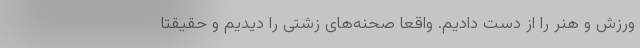
ورزش و هنر را از دست دادیم. واقعا صحنه‌های زشتی را دیدیم و حقیقتا